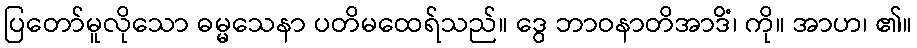
ပြတော်မူလိုသော ဓမ္မသေနာ ပတိမထေရ်သည်။ ဒွေ ဘာဝနာတိအာဒိံ၊ ကို။ အာဟ၊ ၏။